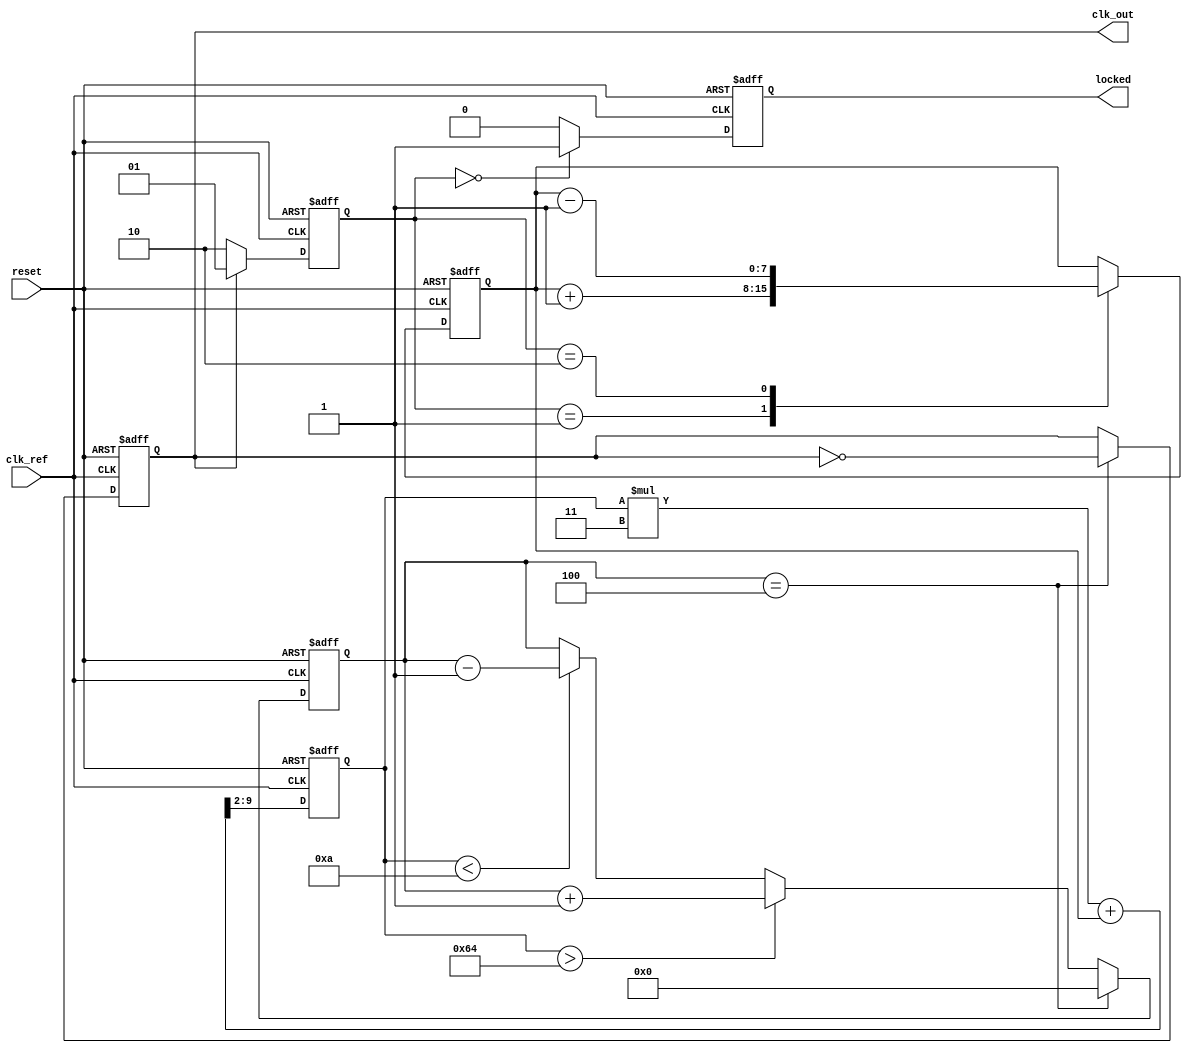
module low_jitter_pll (
    input wire clk_ref,          // Reference clock input
    input wire reset,            // Reset signal
    output wire clk_out,         // Output clock
    output wire locked           // Lock indicator
);

// Parameters
parameter N = 4;                // Feedback divider ratio
parameter VCO_MAX_FREQ = 100;   // Max VCO frequency in MHz
parameter VCO_MIN_FREQ = 10;    // Min VCO frequency in MHz

// Internal signals
reg [1:0] phase_error;          // Phase error from PFD
reg [7:0] control_voltage;       // Control voltage for VCO
reg vco_clk;                    // VCO output clock
reg [3:0] vco_counter;          // VCO frequency divider counter
reg locked_reg;                 // Lock status

// Phase Frequency Detector (PFD)
always @(posedge clk_ref or posedge reset) begin
    if (reset) begin
        phase_error <= 2'b00;
    end else begin
        // Simple PFD logic
        if (vco_clk) begin
            phase_error <= 2'b01; // VCO leading
        end else begin
            phase_error <= 2'b10; // Reference leading
        end
    end
end

// Charge Pump (CP)
always @(posedge clk_ref or posedge reset) begin
    if (reset) begin
        control_voltage <= 8'b00000000;
    end else begin
        case (phase_error)
            2'b01: control_voltage <= control_voltage + 1; // VCO leading
            2'b10: control_voltage <= control_voltage - 1; // Reference leading
            default: control_voltage <= control_voltage;    // No change
        endcase
    end
end

// Loop Filter (Simple RC model)
reg [7:0] filtered_voltage;
always @(posedge clk_ref or posedge reset) begin
    if (reset) begin
        filtered_voltage <= 8'b00000000;
    end else begin
        filtered_voltage <= (filtered_voltage * 3 + control_voltage) >> 2; // Low-pass filter
    end
end

// Voltage-Controlled Oscillator (VCO)
always @(posedge clk_ref or posedge reset) begin
    if (reset) begin
        vco_counter <= 4'b0000;
        vco_clk <= 0;
        locked_reg <= 0;
    end else begin
        // VCO frequency control based on filtered voltage
        if (filtered_voltage > VCO_MAX_FREQ) begin
            vco_counter <= vco_counter + 1;
        end else if (filtered_voltage < VCO_MIN_FREQ) begin
            vco_counter <= vco_counter - 1;
        end
        
        // Generate VCO clock
        if (vco_counter == N) begin
            vco_clk <= ~vco_clk;
            vco_counter <= 4'b0000;
        end
        
        // Lock detection (simple logic)
        if (phase_error == 2'b00) begin
            locked_reg <= 1; // Locked when no phase error
        end else begin
            locked_reg <= 0;
        end
    end
end

// Feedback Divider
assign clk_out = vco_clk; // Output clock
assign locked = locked_reg; // Lock status

endmodule